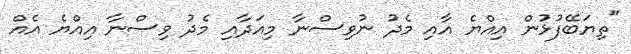
"ތިޔަބޭފުޅުން އިއްޔެ އާއި މެދު ނުވިސްނާ މިއަދާއި މެދު ވިސްނާ އިއްޔެ އެއް